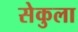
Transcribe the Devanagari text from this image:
सेकुला